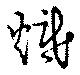
熾